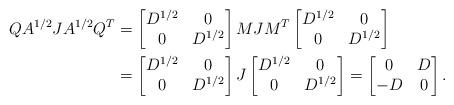
LaTeX: \begin{align*}QA^{1/2}JA^{1/2}Q^T&=\begin{bmatrix}D^{1/2}&0\\0&D^{1/2}\end{bmatrix}MJM^T\begin{bmatrix}D^{1/2}&0\\0&D^{1/2}\end{bmatrix} \\&=\begin{bmatrix}D^{1/2}&0\\0&D^{1/2}\end{bmatrix}J\begin{bmatrix}D^{1/2}&0\\0&D^{1/2}\end{bmatrix}=\begin{bmatrix}0&D\\-D&0\end{bmatrix}.\end{align*}